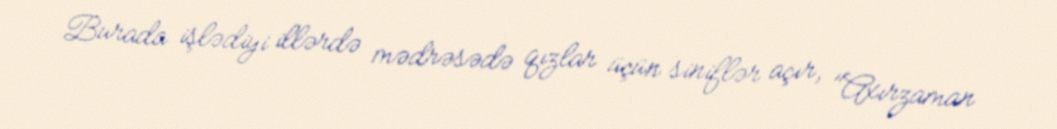
Burada işlədiyi illərdə mədrəsədə qızlar üçün siniflər açır, "Axırzaman